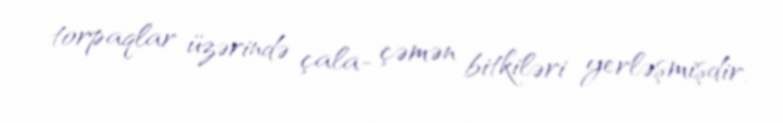
torpaqlar üzərində çala- çəmən bitkiləri yerləşmişdir.